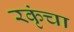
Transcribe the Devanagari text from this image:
रकृंचा